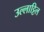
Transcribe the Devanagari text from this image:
उल्लाट्टिल